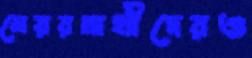
মেয়রপ্রার্থীদেরও